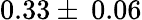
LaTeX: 0.33\pm\: 0.06